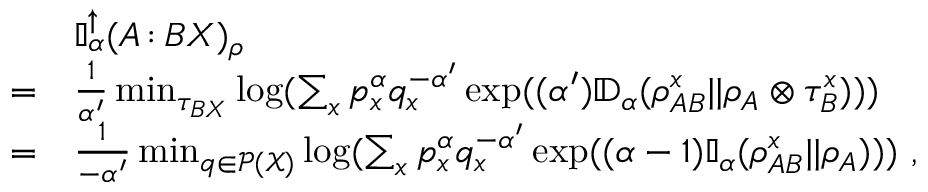
\begin{array} { r l } & { \mathbb { I } _ { \alpha } ^ { \uparrow } ( A { \, : \, } B X ) _ { \rho } } \\ { = } & { \frac { 1 } { \alpha ^ { \prime } } \operatorname* { m i n } _ { \tau _ { B X } } \log ( \sum _ { x } p _ { x } ^ { \alpha } q _ { x } ^ { - \alpha ^ { \prime } } \exp ( ( \alpha ^ { \prime } ) \mathbb { D } _ { \alpha } ( \rho _ { A B } ^ { x } | | \rho _ { A } \otimes \tau _ { B } ^ { x } ) ) ) } \\ { = } & { \frac { 1 } { - \alpha ^ { \prime } } \operatorname* { m i n } _ { q \in \mathcal { P } ( \mathcal { X } ) } \log ( \sum _ { x } p _ { x } ^ { \alpha } q _ { x } ^ { - \alpha ^ { \prime } } \exp ( ( \alpha - 1 ) \mathbb { I } _ { \alpha } ( \rho _ { A B } ^ { x } | | \rho _ { A } ) ) ) \ , } \end{array}